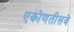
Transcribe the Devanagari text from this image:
एकोणतीसवे